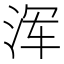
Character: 浑